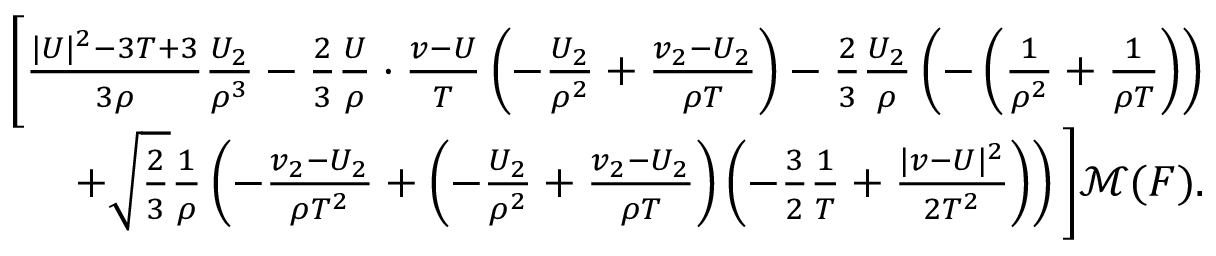
\begin{array} { r } { \bigg [ \frac { | U | ^ { 2 } - 3 T + 3 } { 3 \rho } \frac { U _ { 2 } } { \rho ^ { 3 } } - \frac { 2 } { 3 } \frac { U } { \rho } \cdot \frac { v - U } { T } \left( - \frac { U _ { 2 } } { \rho ^ { 2 } } + \frac { v _ { 2 } - U _ { 2 } } { \rho T } \right) - \frac { 2 } { 3 } \frac { U _ { 2 } } { \rho } \left( - \left( \frac { 1 } { \rho ^ { 2 } } + \frac { 1 } { \rho T } \right) \right) } \\ { + \sqrt { \frac { 2 } { 3 } } \frac { 1 } { \rho } \left( - \frac { v _ { 2 } - U _ { 2 } } { \rho T ^ { 2 } } + \left( - \frac { U _ { 2 } } { \rho ^ { 2 } } + \frac { v _ { 2 } - U _ { 2 } } { \rho T } \right) \left( - \frac { 3 } { 2 } \frac { 1 } { T } + \frac { | v - U | ^ { 2 } } { 2 T ^ { 2 } } \right) \right) \bigg ] \mathcal { M } ( F ) . } \end{array}